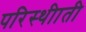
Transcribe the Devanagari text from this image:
परिस्थीाती